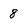
Character: 8